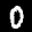
Label: 0